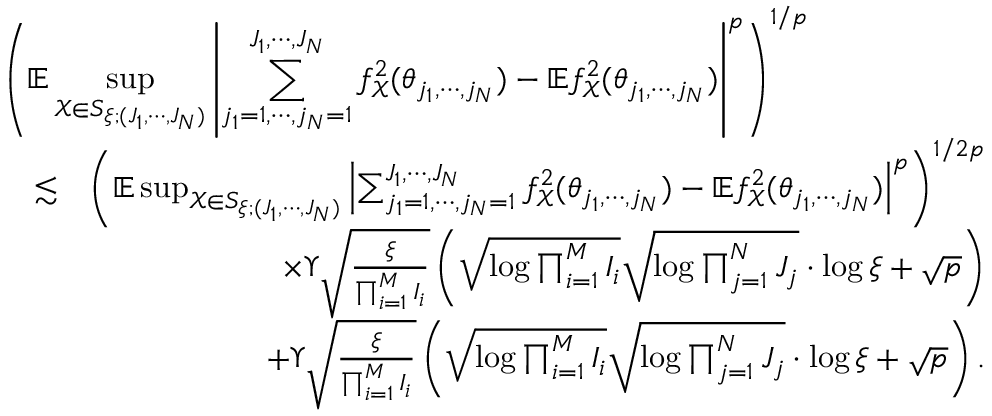
\begin{array} { r l r } { \lefteqn { \left( \mathbb { E } \operatorname* { s u p } _ { \mathcal { X } \in S _ { \xi ; ( J _ { 1 } , \cdots , J _ { N } ) } } \left\vert \sum _ { j _ { 1 } = 1 , \cdots , j _ { N } = 1 } ^ { J _ { 1 } , \cdots , J _ { N } } f _ { \mathcal { X } } ^ { 2 } ( \theta _ { j _ { 1 } , \cdots , j _ { N } } ) - \mathbb { E } f _ { \mathcal { X } } ^ { 2 } ( \theta _ { j _ { 1 } , \cdots , j _ { N } } ) \right\vert ^ { p } \right) ^ { 1 / p } } } \\ & { \lesssim } & { \left( \mathbb { E } \operatorname* { s u p } _ { \mathcal { X } \in S _ { \xi ; ( J _ { 1 } , \cdots , J _ { N } ) } } \left\vert \sum _ { j _ { 1 } = 1 , \cdots , j _ { N } = 1 } ^ { J _ { 1 } , \cdots , J _ { N } } f _ { \mathcal { X } } ^ { 2 } ( \theta _ { j _ { 1 } , \cdots , j _ { N } } ) - \mathbb { E } f _ { \mathcal { X } } ^ { 2 } ( \theta _ { j _ { 1 } , \cdots , j _ { N } } ) \right\vert ^ { p } \right) ^ { 1 / 2 p } } \\ & { } & { \times \Upsilon \sqrt { \frac { \xi } { \prod _ { i = 1 } ^ { M } I _ { i } } } \left( \sqrt { \log \prod _ { i = 1 } ^ { M } I _ { i } } \sqrt { \log \prod _ { j = 1 } ^ { N } J _ { j } } \cdot \log \xi + \sqrt { p } \right) } \\ & { } & { + \Upsilon \sqrt { \frac { \xi } { \prod _ { i = 1 } ^ { M } I _ { i } } } \left( \sqrt { \log \prod _ { i = 1 } ^ { M } I _ { i } } \sqrt { \log \prod _ { j = 1 } ^ { N } J _ { j } } \cdot \log \xi + \sqrt { p } \right) . } \end{array}